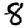
Digit: 8